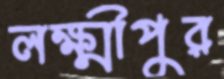
লক্ষ্মীপুর